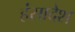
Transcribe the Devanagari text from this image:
हंसादेश